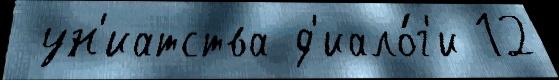
 ун'иатства д'иало́г'и 12